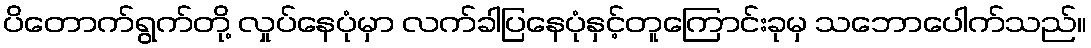
ပိတောက်ရွက်တို့ လှုပ်နေပုံမှာ လက်ခါပြနေပုံနှင့်တူကြောင်းခုမှ သဘောပေါက်သည်။